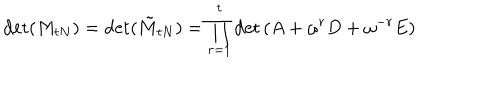
LaTeX: \det ( M _ { t N } ) = \det ( \tilde { M } _ { t N } ) = \prod _ { r = 1 } ^ { t } \det \left( A + \omega ^ { r } D + \omega ^ { - r } E \right)